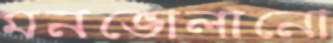
মনভোলানো